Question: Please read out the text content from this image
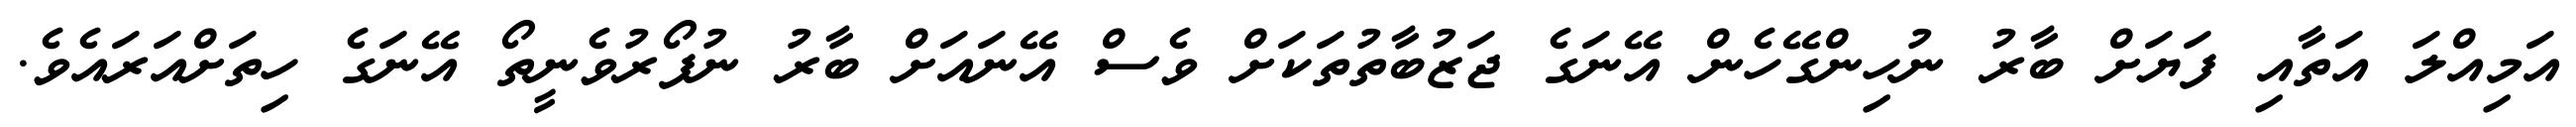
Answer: އަމިއްލަ އަތާއި ފަޔަށް ބާރު ނުހިންގޭހެން އޭނަގެ ޖަޒުބާތުތަކަށް ވެސް އޭނައަށް ބާރު ނުފޯރުވެނީތޯ އޭނަގެ ހިތަށްއަރައެވެ.